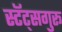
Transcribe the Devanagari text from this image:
स्टॅट्सगुरू